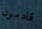
قادمون